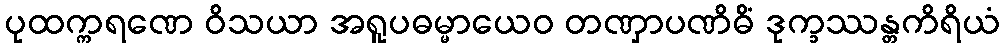
ပုထက္ကရဏေ ဝိသယာ အရူပဓမ္မာယေဝ တဏှာပဏိဓိံ ဒုက္ခဿန္တကိရိယံ